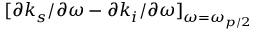
[ \partial k _ { s } / \partial \omega - \partial k _ { i } / \partial \omega ] _ { \omega = \omega _ { p / 2 } }